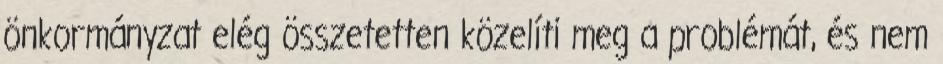
önkormányzat elég összetetten közelíti meg a problémát, és nem